Materia medica of Madras volume I
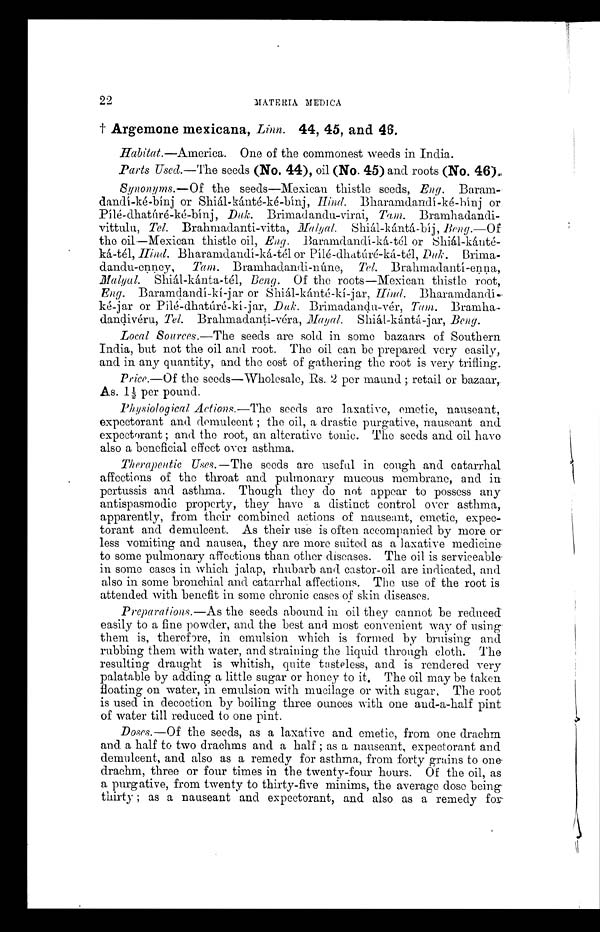
22
MATERIA MEDICA
† Argemone mexicana, Linn. 44, 45, and 46.
Habitat.—America. One of the commonest weeds in India.
Parts Used.—The seeds (No. 44), oil (No. 45) and roots (No. 46).
Synonyms.—Of the seeds—Mexican thistle seeds, Eng. Baram-
dandí-ké-bínj or Shiál-kánté-ké-bínj, Hind. Bharamdandí-ké-bínj or
P í l é - d h a t ú r é - k é - b í n j ,
D u k .
Brimadandu-virai, Tam. Bramhadandi-
vittulu, Tel. Brahmadanti-vitta, Malyal. Shiál-kántá-bíj , Beng.—Of
the oil—Mexican thistle oil, Eng. Baramdandí-ká-tél or
S h i á l - k á n t é -
k á - t é l ,
H i n d .
B h a r a m d a n d í - k á - t é l o r P í l é - d h a t ú r é - k á - t é l ,D
u k .
Brima-
dandu-enney, Tam. Bramhadandi-núne, Tel. Brahmadanti -enna,
M a l y a l .
S h i á l - k á n t a - t é l , B
e n g .
O f t h e r o o t s — M e x i c a n t h i s t l e r o o t ,
E n g .
B a r a m d a n d í - k í - j a r o r S h i á l - k á n t é - k í - j a r , H i n d.
Bharamdand í -
k é - j a r o r P í l é - d h a t ú r é - k í - j a r ,D
u k .
B r i m a d a n d u - v é r ,
T a m .
B r a m h a - d a n d i v é r u ,
T e l .
B r a h m a d a n t i - v é r a ,
M a y
a l .
S h i á l - k á n t á - j a r , B e n g .
Local Sources.—The seeds are sold in some bazaars of Southern
India, but not the oil and root. The oil can be prepared very easily,
and in any quantity, and the cost of gathering the root is very trifling.
Price.—Of the seeds—Wholesale, Rs. 2 per maund; retail or bazaar,
As. 1½ per pound.
Physiological Actions.—The seeds are laxative, emetic, nauseant,
expectorant and demulcent; the oil, a drastic purgative, nauseant and
expectorant; and the root, an alterative tonic. The seeds and oil have
also a beneficial effect over asthma.
Therapeutic Uses.—The seeds are useful in cough and catarrhal
affections of the throat and pulmonary mucous membrane, and in
pertussis and asthma. Though they do not appear to possess any
antispasmodic property, they have a distinct control over asthma,
apparently, from their combined actions of nauseant, emetic, expec-
torant and demulcent. As their use is often accompanied by more or
less vomiting and nausea, they are more suited as a laxative medicine
to some pulmonary affections than other diseases. The oil is serviceable.
in some cases in which jalap, rhubarb and castor-oil are indicated, and
also in some bronchial and catarrhal affections. The use of the root is
attended with benefit in some chronic cases of skin diseases.
Preparations.—As the seeds abound in oil they cannot be reduced
easily to a fine powder, and the best and most convenient way of using
them is, therefore, in emulsion which is formed by bruising and
rubbing them with water, and straining the liquid through cloth. The
resulting draught is whitish, quite tasteless, and is rendered very
palatable by adding a little sugar or honey to it. The oil may be taken
floating on water, in emulsion with mucilage or with sugar, The root
is used in decoction by boiling three ounces with one and-a-half pint
of water till reduced to one pint.
Doses.—Of the seeds, as a laxative and emetic, from one drachm
and a half to two drachms and a half; as a nauseant, expectorant and
demulcent, and also as a remedy for asthma, from forty grains to one
drachm, three or four times in the twenty-four hours. Of the oil, as
a purgative, from twenty to thirty-five minims, the average dose being
thirty; as a nauseant and expectorant, and also as a remedy for